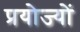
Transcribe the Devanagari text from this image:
प्रयोज्यों